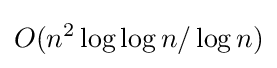
O(n^{2}\log \log n/\log n)